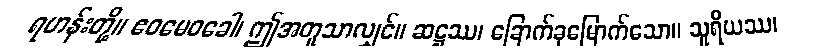
ရဟန်းတို့။ ဧဝမေဝခေါ၊ ဤအတူသာလျှင်။ ဆဋ္ဌဿ၊ ခြောက်ခုမြောက်သော။ သူရိယဿ၊